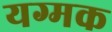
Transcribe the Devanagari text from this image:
यग्मक